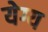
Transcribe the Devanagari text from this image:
येग्य